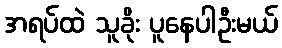
အရပ်ထဲ သူခိုး ပူနေပါဦးမယ်